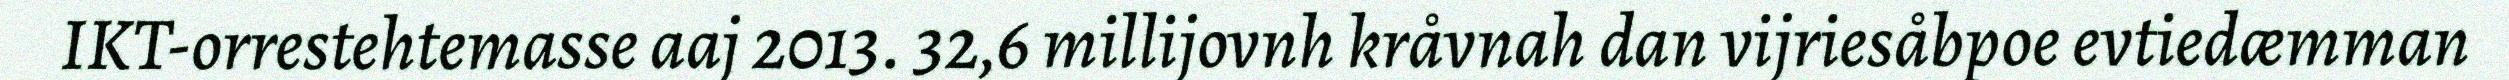
IKT-orrestehtemasse aaj 2013. 32,6 millijovnh kråvnah dan vijriesåbpoe evtiedæmman